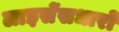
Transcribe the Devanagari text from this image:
लाइसेंसधारों